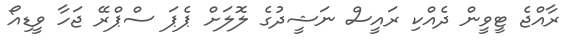
ރާއްޖެ ޓީވީން ދެއްކި ރައީސް ނަޝީދުގެ ލޮލަށް ޕެޕަ ސްޕްރޭ ޖަހާ ވީޑިއޯ